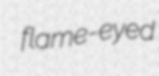
flame-eyed